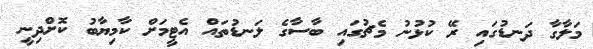
މަލާގާ ދަނޑުގައި ރޭ ކުޅުނު މެޗުގައި ބާސާގެ ލަނޑުތައް އެޓީމަށް ކާމިޔާބު ކޮށްދިނީ